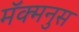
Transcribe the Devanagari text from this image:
मॅक्मनुस